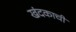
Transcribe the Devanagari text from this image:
खंदकाची